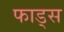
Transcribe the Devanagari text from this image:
फाड्स